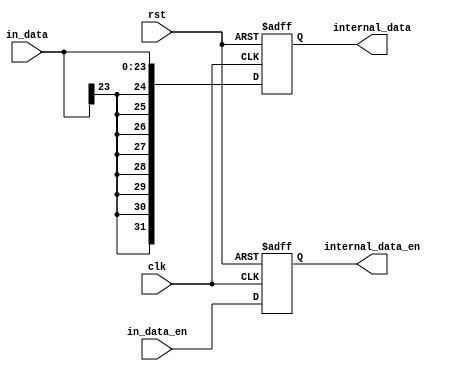
module inport 
  #(parameter IN_MSB = 23,
    parameter MSB = 31)  // internal MSB used
   (
    input	       clk,
    input	       rst,
    input [IN_MSB:0]   in_data,
    input	       in_data_en,
    output reg [MSB:0] internal_data,
    output reg	       internal_data_en
    );

   localparam	       NUM_REMAINING_BITS = MSB + 1 - (IN_MSB + 1);

   always @(posedge rst or posedge clk) begin
      if(rst) begin
	 internal_data <= 0;
	 internal_data_en <= 0;
      end
      else begin
	 if (NUM_REMAINING_BITS > 0)
	   internal_data <= {{NUM_REMAINING_BITS{in_data[IN_MSB]}},in_data};
	 else
	   internal_data <= in_data;
	 internal_data_en <= in_data_en;
      end
   end	
endmodule // inport